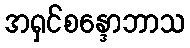
အရှင်စန္ဒောဘာသ